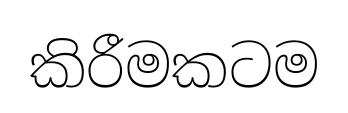
කිරීමකටම